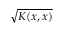
\sqrt { K ( x , x ) }